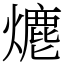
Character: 𤏶